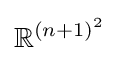
\mathbb {R} ^{(n+1)^{2}}